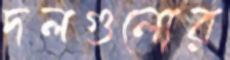
দলগুলোর